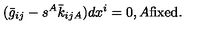
( \bar { g } _ { i j } - s ^ { A } \bar { k } _ { i j A } ) d x ^ { i } = 0 , A \mathrm { f i x e d } .